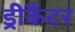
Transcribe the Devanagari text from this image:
ड्रीकैंटर